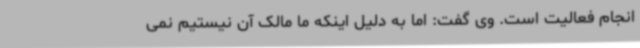
انجام فعالیت است. وی گفت: اما به دلیل اینکه ما مالک آن نیستیم نمی